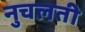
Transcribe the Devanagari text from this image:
नुचलती